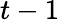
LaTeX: t-1